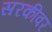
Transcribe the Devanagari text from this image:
सरकीवर